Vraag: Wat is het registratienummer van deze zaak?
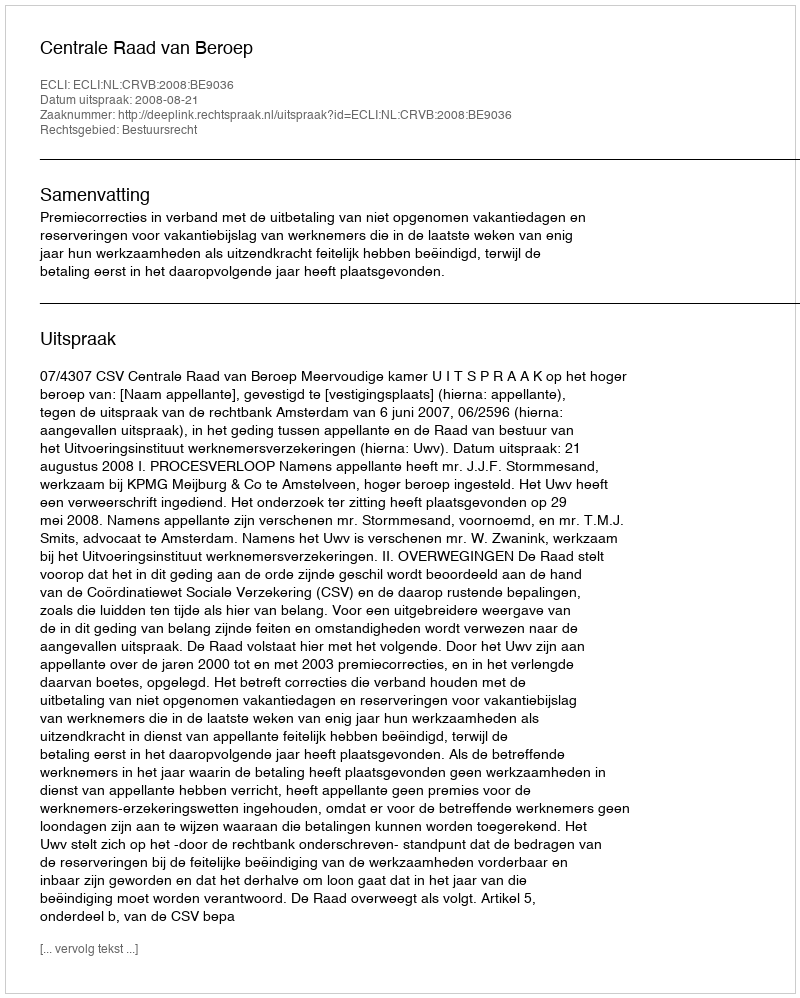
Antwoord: http://deeplink.rechtspraak.nl/uitspraak?id=ECLI:NL:CRVB:2008:BE9036